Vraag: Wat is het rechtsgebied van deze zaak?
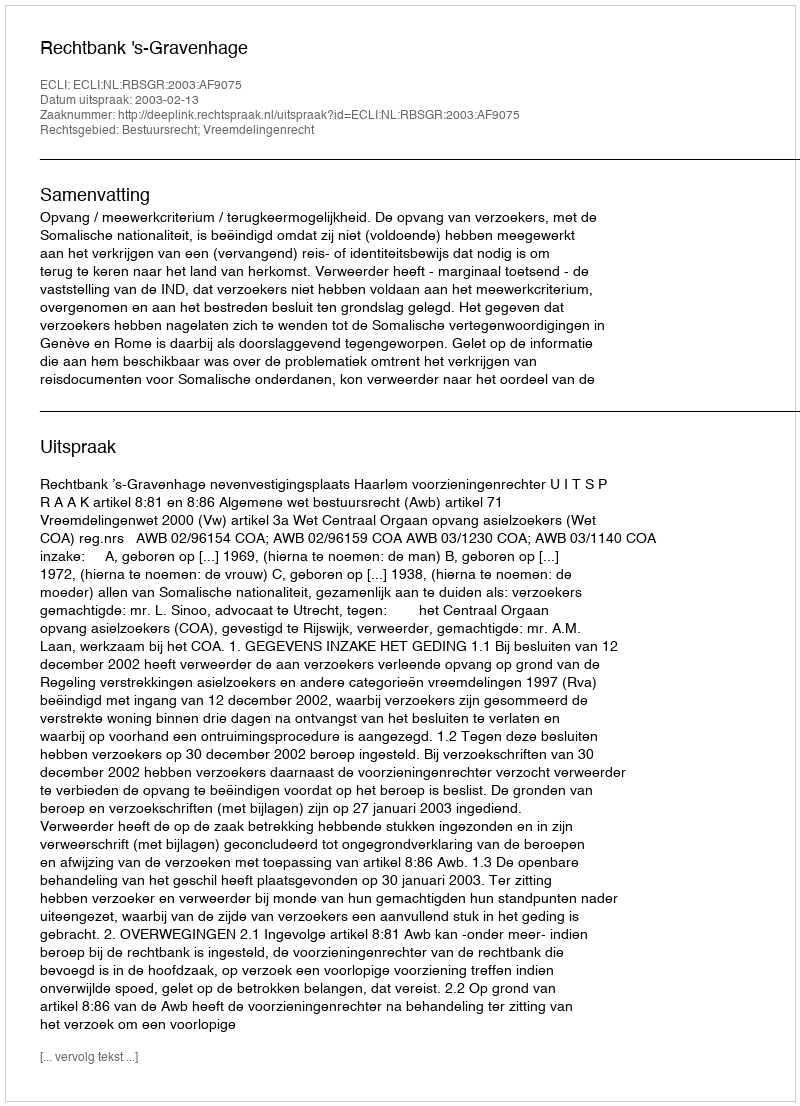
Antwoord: Bestuursrecht; Vreemdelingenrecht